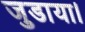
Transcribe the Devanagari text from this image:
जुडाया।